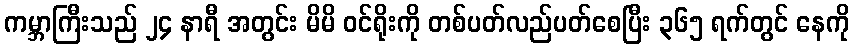
ကမ္ဘာကြီးသည် ၂၄ နာရီ အတွင်း မိမိ ဝင်ရိုးကို တစ်ပတ်လည်ပတ်စေပြီး ၃၆၅ ရက်တွင် နေကို